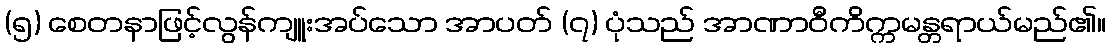
(၅) စေတနာဖြင့်လွန်ကျူးအပ်သော အာပတ် (၇) ပုံသည် အာဏာဝီကိက္ကမန္တရာယ်မည်၏။